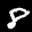
Label: 8